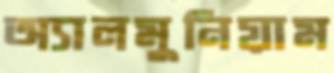
অ্যালমুনিয়াম